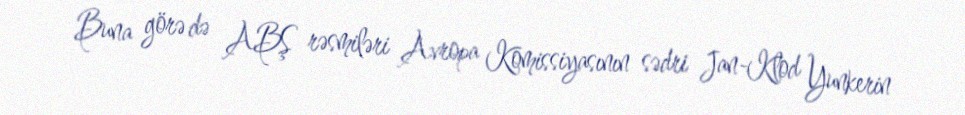
Buna görə də ABŞ rəsmiləri Avropa Komissiyasının sədri Jan-Klod Yunkerin